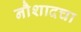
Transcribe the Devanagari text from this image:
नौशादचा